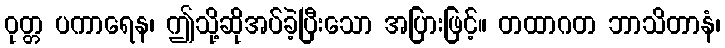
ဝုတ္တ ပကာရေန၊ ဤသို့ဆိုအပ်ခဲ့ပြီးသော အပြားဖြင့်။ တထာဂတ ဘာသိတာနံ၊